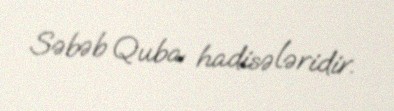
Səbəb Quba hadisələridir.